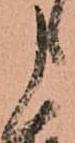
申